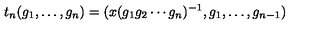
t _ { n } ( g _ { 1 } , \ldots , g _ { n } ) = ( x ( g _ { 1 } g _ { 2 } \cdots g _ { n } ) ^ { - 1 } , g _ { 1 } , \ldots , g _ { n - 1 } )